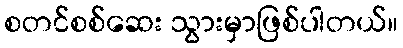
စတင်စစ်ဆေး သွားမှာဖြစ်ပါတယ်။